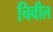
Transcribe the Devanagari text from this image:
चिवील